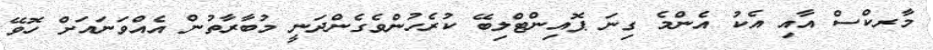
މާރކްސް އާއި އެކު އެންމެ ގިނަ ޕޮއިންޓްލިބޭ ކުރެހުންވެގެންދަނީ މުބާރާތުން އެއްވަނައަށް ހޮވޭ